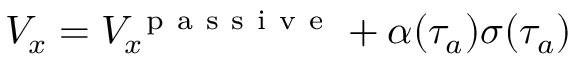
{ \cal V } _ { x } = { \cal V } _ { x } ^ { \mathrm { ~ p ~ a ~ s ~ s ~ i ~ v ~ e ~ } } + \alpha ( \tau _ { a } ) \sigma ( \tau _ { a } )